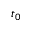
t _ { 0 }